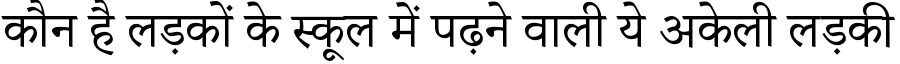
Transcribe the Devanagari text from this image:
कौन है लड़कों के स्कूल में पढ़ने वाली ये अकेली लड़की